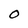
Character: 0